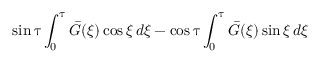
\sin { \uptau } \int _ { 0 } ^ { \uptau } \Bar { G } ( \xi ) \cos { \xi } \, d \xi - \cos { \uptau } \int _ { 0 } ^ { \uptau } \Bar { G } ( \xi ) \sin { \xi } \, d \xi